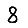
Digit: 8